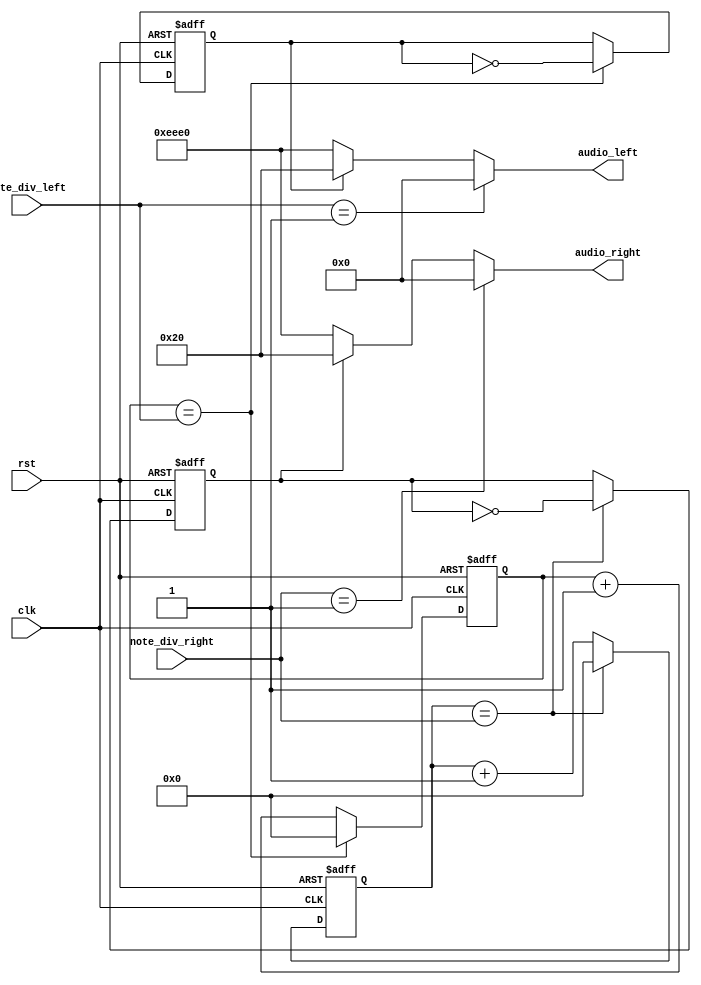
module note_gen(
    clk, // clock from crystal
    rst, // active high reset
    note_div_left, // div for note generation
    note_div_right,
    audio_left,
    audio_right
);
    input clk; // clock from crystal
    input rst; // active low reset
    input [21:0] note_div_left, note_div_right; // div for note generation
    output [15:0] audio_left, audio_right;

    reg [21:0] clk_cnt_next, clk_cnt;
    reg [21:0] clk_cnt_2_next, clk_cnt_2;
    reg b_clk, b_clk_next;
    reg c_clk, c_clk_next;

    // Note frequency generation
    always @(posedge clk or posedge rst)
        if (rst == 1'b1)
            begin
                clk_cnt <= 22'd0;
                clk_cnt_2 <= 22'd0;
                b_clk <= 1'b0;
                c_clk <= 1'b0;
            end
        else
            begin
                clk_cnt <= clk_cnt_next;
                clk_cnt_2 <= clk_cnt_2_next;
                b_clk <= b_clk_next;
                c_clk <= c_clk_next;
            end
    
    always @*
        if (clk_cnt == note_div_left)
            begin
                clk_cnt_next = 22'd0;
                b_clk_next = ~b_clk;
            end
        else
            begin
                clk_cnt_next = clk_cnt + 1'b1;
                b_clk_next = b_clk;
            end

    always @*
        if (clk_cnt_2 == note_div_right)
            begin
                clk_cnt_2_next = 22'd0;
                c_clk_next = ~c_clk;
            end
        else
            begin
                clk_cnt_2_next = clk_cnt_2 + 1'b1;
                c_clk_next = c_clk;
            end

    // Assign the amplitude of the note
    // Volume is controlled here
    assign audio_left = (note_div_left == 22'd1) ? 16'h0000 : 
                                (b_clk == 1'b0) ? 16'hEEE0 : 16'h0020;
    assign audio_right = (note_div_right == 22'd1) ? 16'h0000 : 
                                (c_clk == 1'b0) ? 16'hEEE0 : 16'h0020;
endmodule